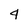
Character: 4